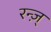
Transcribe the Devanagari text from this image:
रन्ज़्